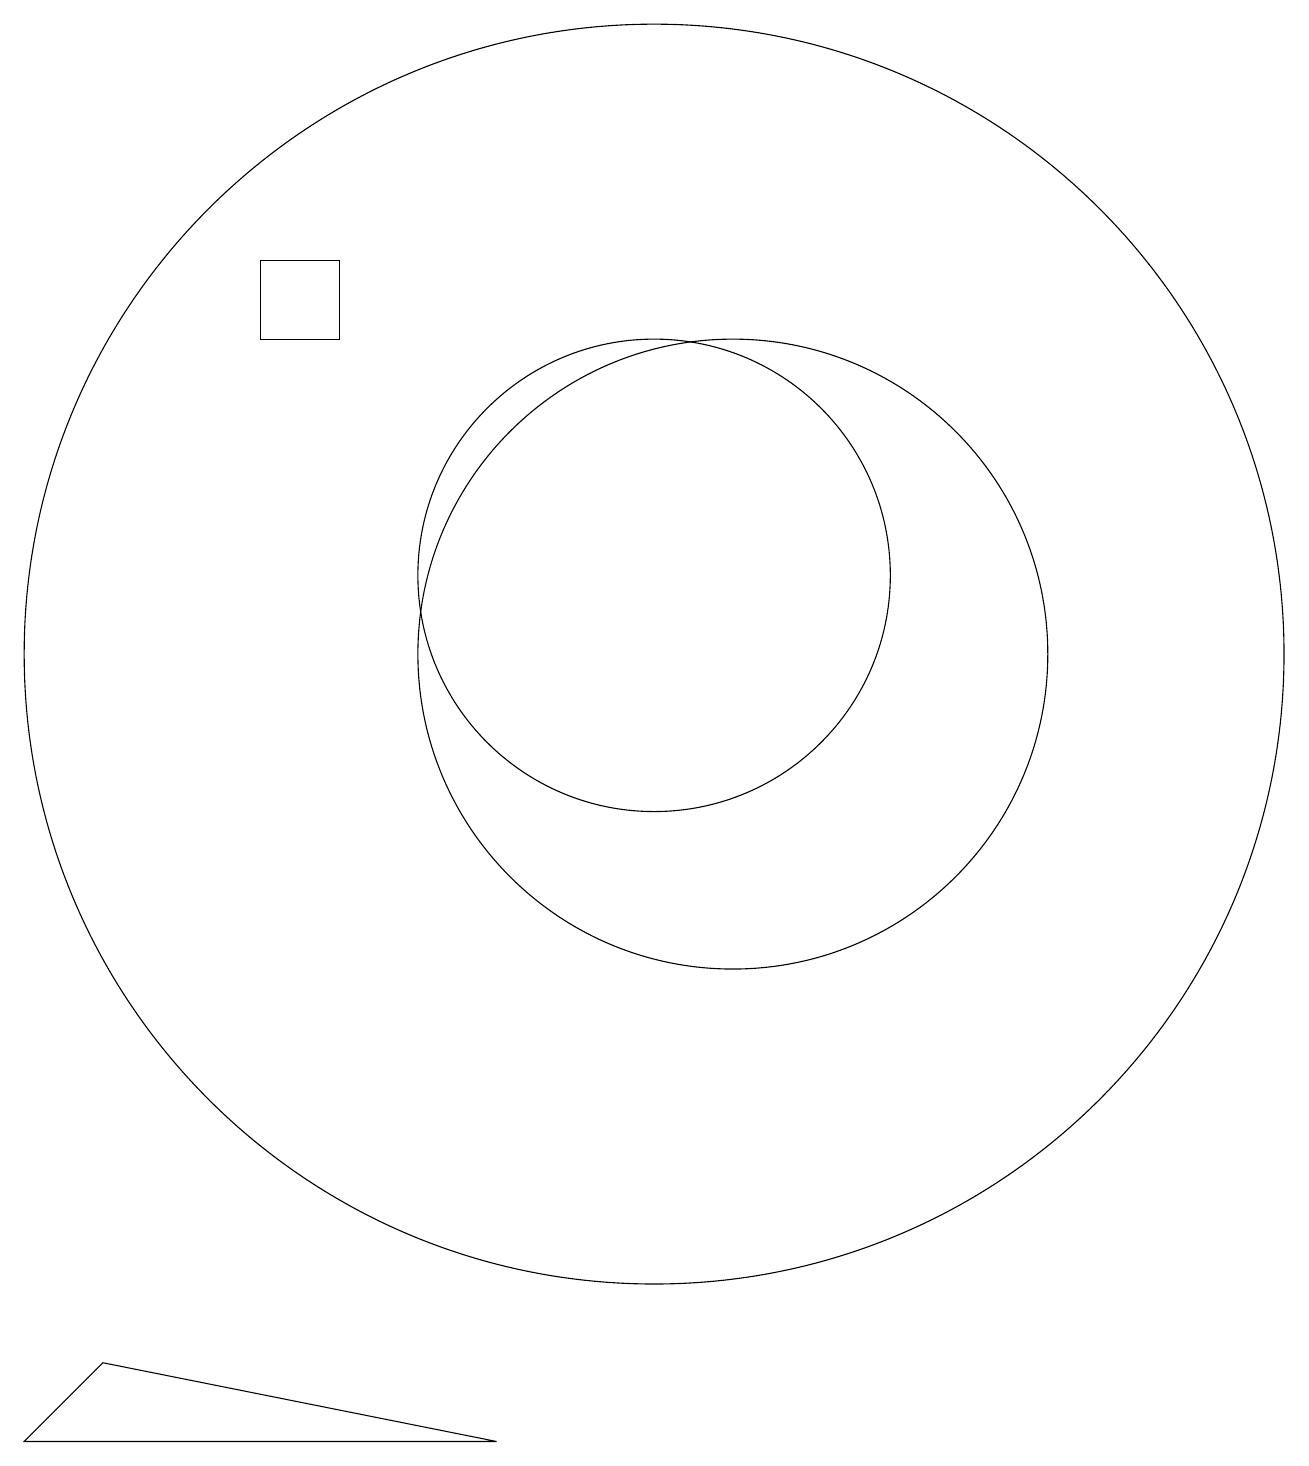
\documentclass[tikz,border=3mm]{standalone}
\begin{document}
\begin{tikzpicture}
\draw (10,10) circle (8);
\draw (11,10) circle (4);
\draw (5,15) rectangle (6,14);
\draw (10,11) circle (3);
\draw (2,0) -- (3,1) -- (8,0) -- cycle;
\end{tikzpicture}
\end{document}